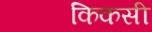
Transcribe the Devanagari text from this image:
किकसी